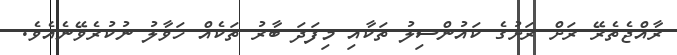
ރާއްޖެތެރޭ ރަށް ރަށުގެ ކައުންސިލު ތަކާއި މިފަދަ ބާރު ތަކެއް ހަވާލު ނުކުރެވޭނެއެވެ.